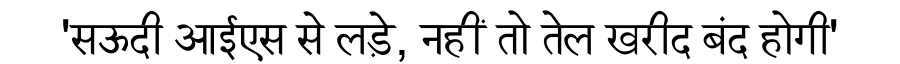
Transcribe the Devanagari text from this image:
'सऊदी आईएस से लड़े, नहीं तो तेल खरीद बंद होगी'